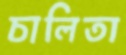
চালিতা